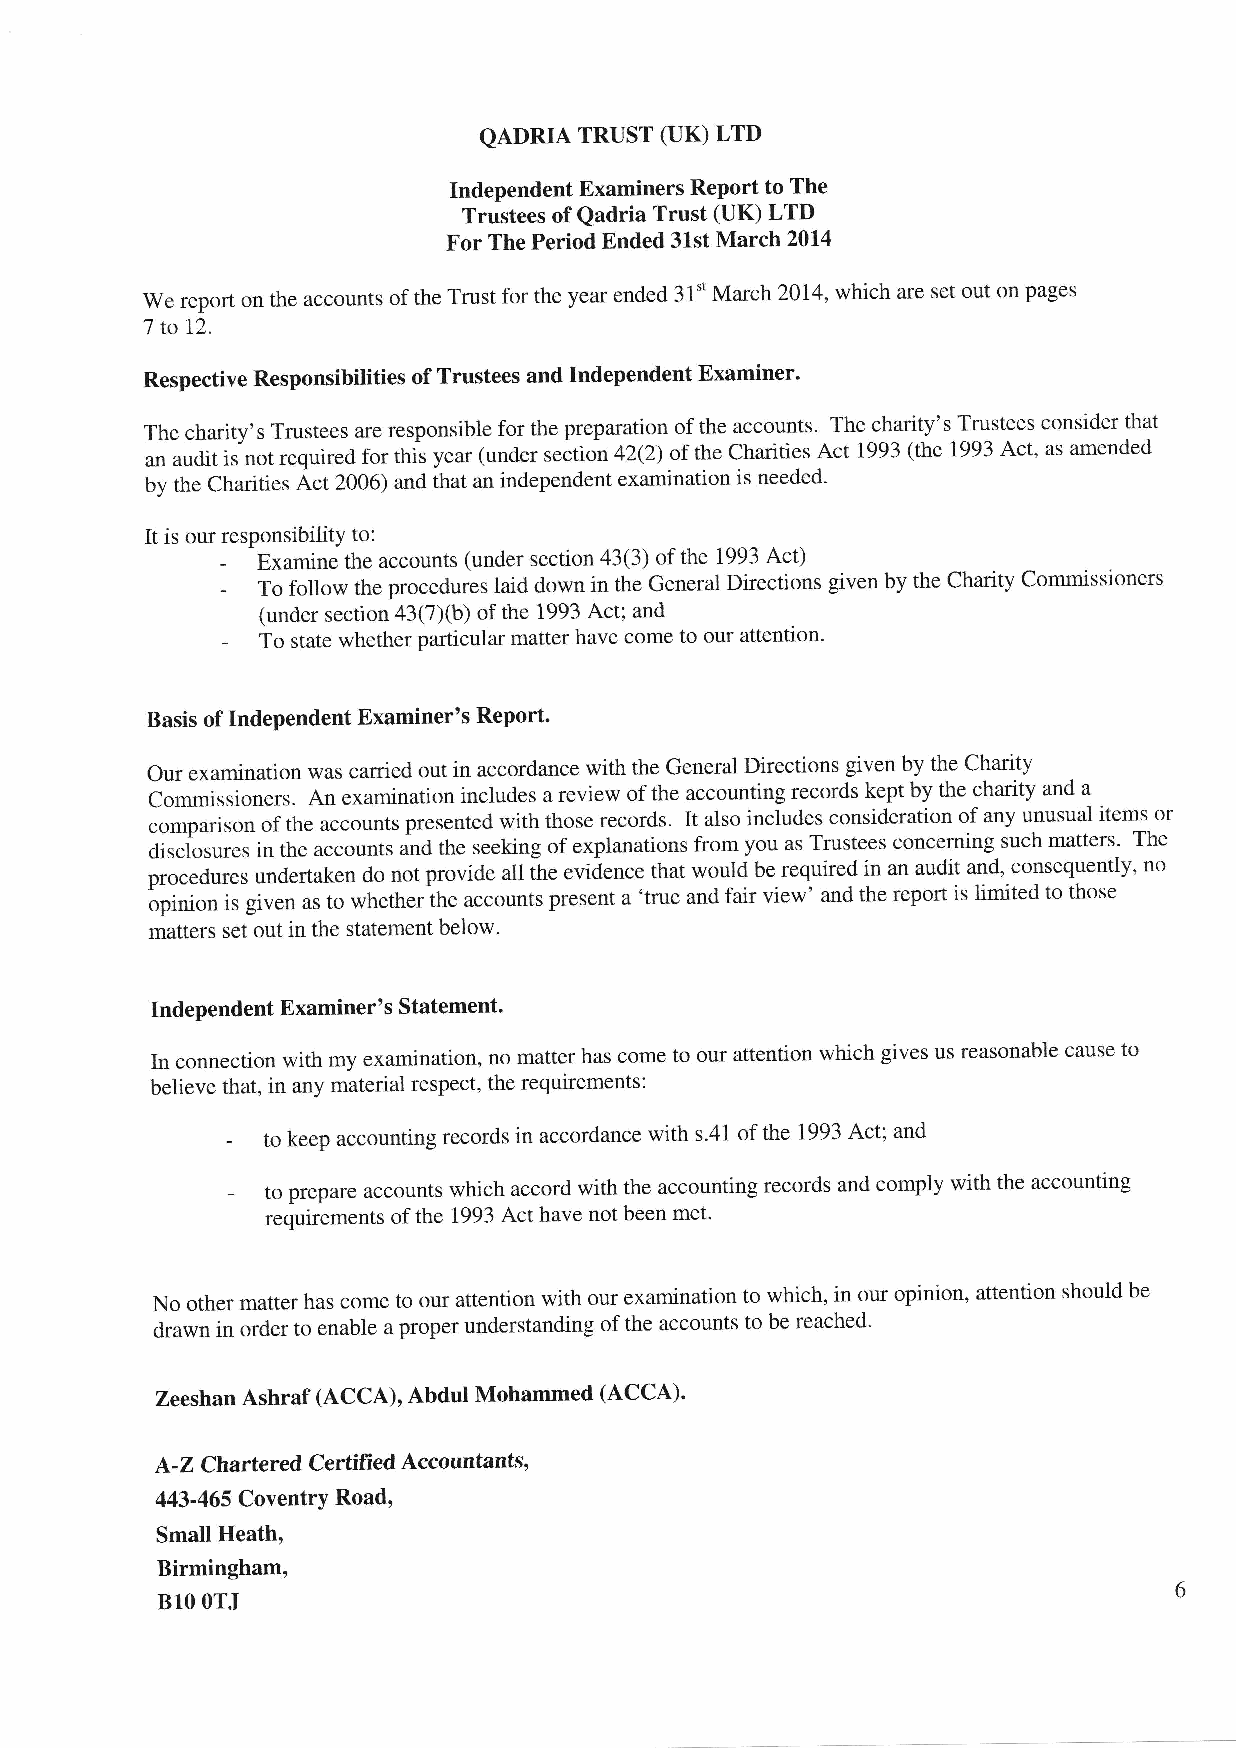
QADRIA TRUST (UK) LTD
 Independent Examiners Report to The
 Trustees of Qadria Trust (UK) LTD
 For The Period Ended 31st March 2014
 We report on the accounts of the Trust for the year ended 31" March 2014, which are set out on pages
 7 to 12.
 Respective Responsibilities of Trustees and Independent Examiner.
 The charity,s Trustees are responsible for the preparation of the accounts. The charity's Trustees consider that
 an audit is not required for this year (under r"itior, 42(2) of the Charities Act 1993 (the 1993 Act, as amended
 by the charities Act 2006) and that an independent examination is needed.
 It is our responsibilitY to:
 - Examine the accounts (under section 43(3) of the 1993 Act)
 - To follow the procedures laid down in the General Directions given by the Charity Commissioners
 (under section 43(7Xb) of the 1993 Act; and
 - To state whether particular matter have come to our attention.
 Basis of Independent Examiner's Report.
 Our examination was carried out in accordance with the General Directions given by the Charity
 Commissioners. An examination includes a review of the accounting records kept by the charity and a
 comparison of the accounts presented with those records. It also includes consideration of any unusual items or
 disclosures in the accounts alnd the seeking of expianations from you as Trustees concerning such matters. The
 procedures undertaken do not provide m ifre evidence that would be required in an audit and, consequently, no
 ipinion is given as to whether the accounts present a 'true and fair view' and the report is limited to those
 matters set out in the statement beiow.
 Independent Examiner's Statement.
 ln connection with my examination, no matter has come to our attention which gives us reasonable cause to
 believe that, in any material respect, the requirements:
 - to keep accounting records in accordance with s.41 of the 1993 Act; and
 -  to prepare accounts which accord with the accounting records and comply with the accounting
 requirements of the 1993 Act have not been met'
 No other matter has come to our attention with our examination to which, in our opinion, attention should be
 drawn in order to enable a proper understanding of the accounts to be reached'
 Zeeshan Ashraf (ACCA), Abdul Mohammed (ACCA)'
 A-Z Chartered Certified Accountants,
 443-465 Coventry Road,
 Small Heath,
 Birmingham,
 B1O OTJ